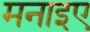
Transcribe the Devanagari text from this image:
मनाइए